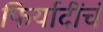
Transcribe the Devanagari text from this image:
फिर्यादींचं